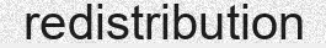
redistribution